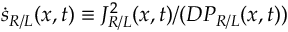
\dot { s } _ { R / L } ( x , t ) \equiv J _ { R / L } ^ { 2 } ( x , t ) / ( D P _ { R / L } ( x , t ) )